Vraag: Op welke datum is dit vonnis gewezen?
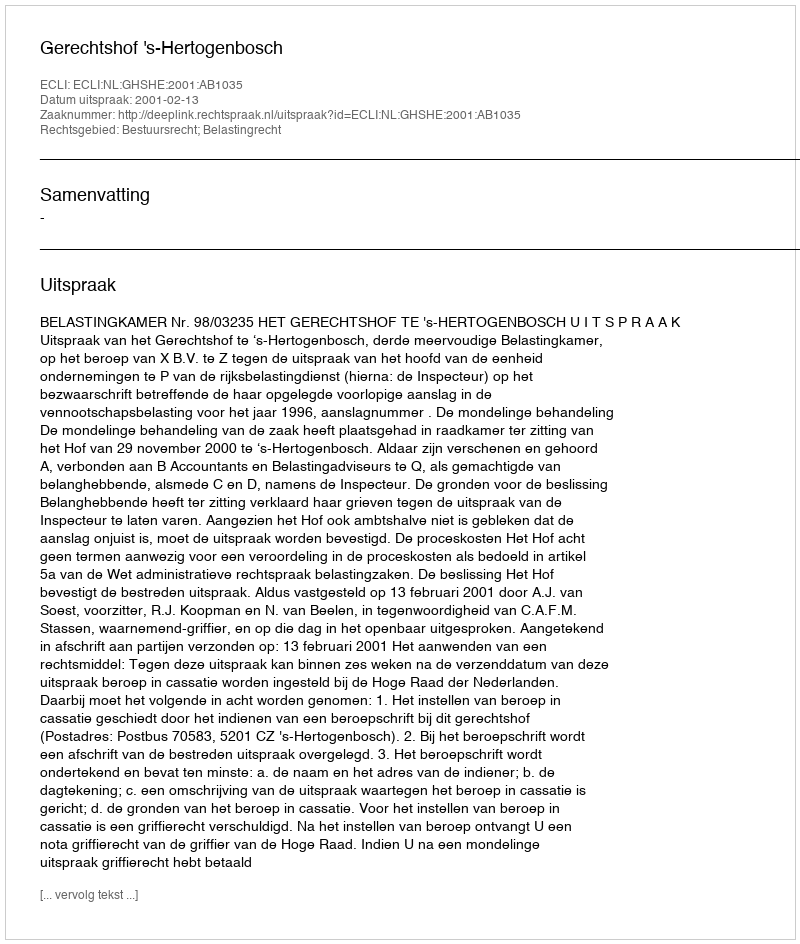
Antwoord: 2001-02-13